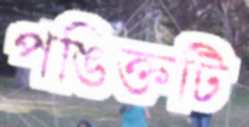
পঙিক্তটি